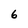
Character: 6